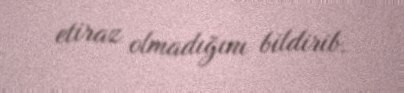
etiraz olmadığını bildirib.